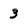
Character: 3